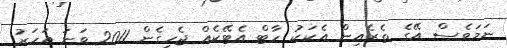
ނަމަވެސް އޭގެ ތެރެއިން އެކަކު ހާޓް އެޓޭކެއް ޖެހިގެން 2011 ވަނަ އަހަރު